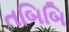
તબિબિ